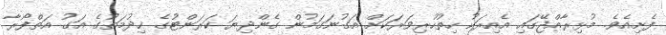
ފެށިއެވެ. މުޅިރާއްޖޭގައި އެއިރަކު ހިތުހުރިވަރަކަށް އަގުނަގަމުން ގެންދިޔަ ކަރަންޓުގެ ޚިދުމަތުގެ އަގު އަތްފޯރާ